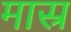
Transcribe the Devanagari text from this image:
मास्र